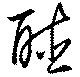
聽